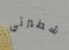
شطيرتي